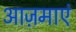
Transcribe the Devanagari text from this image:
आज़माएं